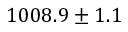
1 0 0 8 . 9 \pm 1 . 1